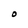
Character: O